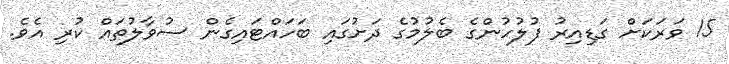
15 ވަރަކަށް ގަޑިއިރު ފުލުހުންގެ ބެލުމުގެ ދަށުގައި ބަހައްޓަައިގެން ސުވާލުތައް ކުރި އެވެ.